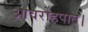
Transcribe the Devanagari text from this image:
आवरोहपात।